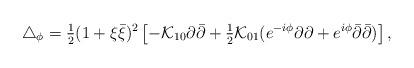
LaTeX: \begin{align*}\triangle_\phi={\textstyle{\frac{1}{2}}}(1+\xi\bar{\xi})^2\left[-{\cal K}_{10}\partial\bar{\partial} +{\textstyle{\frac{1}{2}}}{\cal K}_{01}(e^{-i\phi}\partial\partial+e^{i\phi}\bar{\partial}\bar{\partial})\right],\end{align*}